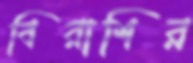
বিরাশির